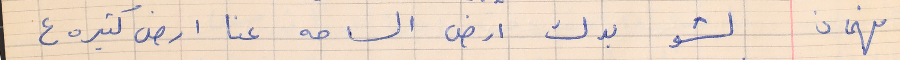
فهمان    لشو بدك ارض الساحه عنا ارض كتيره ع